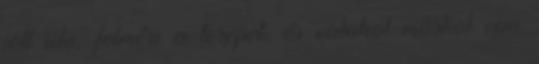
jött ide, felméri a terepet, és valahol máshol van